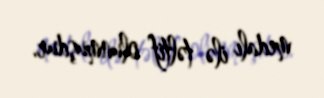
medalı ilə təltif olunmuşdur.